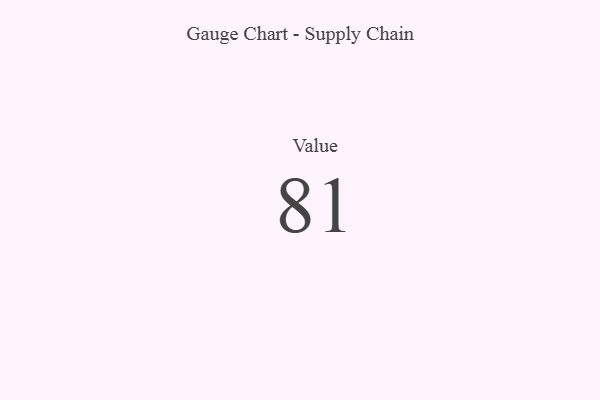
{"axis": {"x": "Metric", "y": "Value"}, "legend": [""], "data": [{"x": "Value", "y": 81, "type": ""}]}